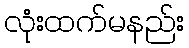
လုံးထက်မနည်း